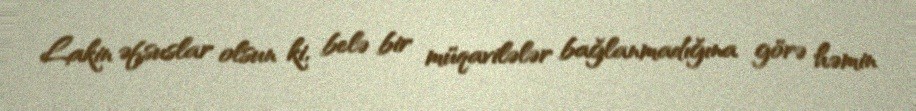
Lakin əfsuslar olsun ki, belə bir müqavilələr bağlanmadığına görə həmin